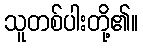
သူတစ်ပါးတို့၏။